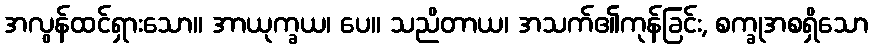
အလွန်ထင်ရှားသော။ အာယုက္ခယ၊ ပေ။ သညိတာယ၊ အသက်၏ကုန်ခြင်း, စက္ခုအစရှိသော